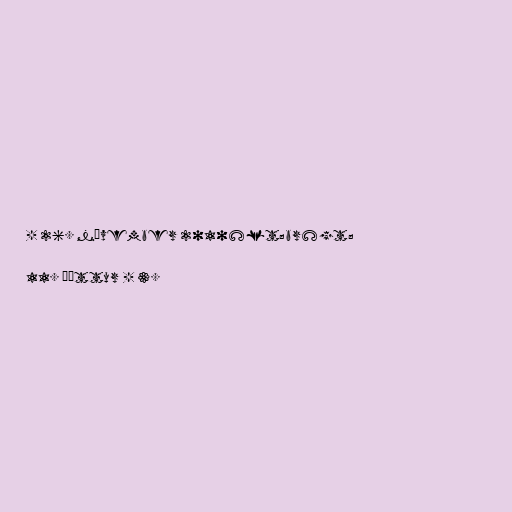
- 26. nóvember 2010&lt;br&gt;

11. þáttur - 3.